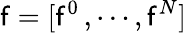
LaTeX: \mathsf{f}=[\mathsf{f}^{0}\, ,\cdots,\mathsf{f}^{N}]